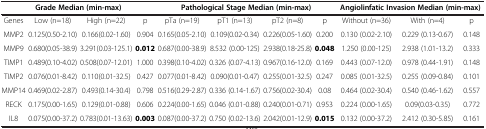
<table><thead><tr><td colspan="4"><b>Grade Median (min-max)</b></td><td colspan="4"><b>Pathological Stage Median (min-max)</b></td><td colspan="3"><b>Angiolinfatic Invasion Median (min-max)</b></td></tr></thead><tbody><tr><td>Genes</td><td>Low (n=18)</td><td>High (n=22)</td><td>p</td><td>pTa (n=19)</td><td>pT1 (n=13)</td><td>pT2 (n=8)</td><td>p</td><td>Without (n=36)</td><td>With (n=4)</td><td>p</td></tr><tr><td>MMP2</td><td>0.125(0.50-2.10)</td><td>0.166(0.02-1.60)</td><td>0.904</td><td>0.165(0.05-2.10)</td><td>0.109(0.02-0.34)</td><td>0.226(0.05-1.60)</td><td>0.200</td><td>0.130 (0.02-2.10)</td><td>0.229 (0.13-0.67)</td><td>0.148</td></tr><tr><td>MMP9</td><td>0.680(0.05-38.9)</td><td>3.291(0.03-125.1)</td><td><b>0.012</b></td><td>0.687(0.00-38.9)</td><td>8.532 (0.00-125)</td><td>2.938(0.18-25.8)</td><td><b>0.048</b></td><td>1.250 (0.00-125)</td><td>2.938 (1.01-13.2)</td><td>0.333</td></tr><tr><td>TIMP1</td><td>0.489(0.10-4.02)</td><td>0.508(0.07-12.01)</td><td>1.000</td><td>0.398(0.10-4.02)</td><td>0.326 (0.07-4.13)</td><td>0.967(0.16-12.0)</td><td>0.169</td><td>0.443 (0.07-12.0)</td><td>0.978 (0.44-1.91)</td><td>0.148</td></tr><tr><td>TIMP2</td><td>0.076(0.01-8.42)</td><td>0.110(0.01-32.5)</td><td>0.427</td><td>0.077(0.01-8.42)</td><td>0.090(0.01-0.47)</td><td>0.255(0.01-32.5)</td><td>0.247</td><td>0.085 (0.01-32.5)</td><td>0.255 (0.09-0.84)</td><td>0.101</td></tr><tr><td>MMP14</td><td>0.469(0.02-2.87)</td><td>0.493(0.14-30.4)</td><td>0.798</td><td>0.516(0.29-2.87)</td><td>0.336 (0.14-1.67)</td><td>0.756(0.02-30.4)</td><td>0.08</td><td>0.464 (0.02-30.4)</td><td>0.540 (0.46-1.62)</td><td>0.557</td></tr><tr><td>RECK</td><td>0.175(0.00-1.65)</td><td>0.129(0.01-0.88)</td><td>0.606</td><td>0.224(0.00-1.65)</td><td>0.046 (0.01-0.88)</td><td>0.240(0.01-0.71)</td><td>0.953</td><td>0.224 (0.00-1.65)</td><td>0.09(0.03-0.35)</td><td>0.772</td></tr><tr><td>IL8</td><td>0.075(0.00-37.2)</td><td>0.783(0.01-13.63)</td><td><b>0.003</b></td><td>0.087(0.00-37.2)</td><td>0.750 (0.02-13.6)</td><td>2.042(0.01-12.9)</td><td><b>0.015</b></td><td>0.132 (0.00-37.2)</td><td>2.412 (0.30-5.85)</td><td>0.161</td></tr></tbody></table>